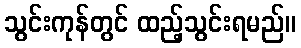
သွင်းကုန်တွင် ထည့်သွင်းရမည်။